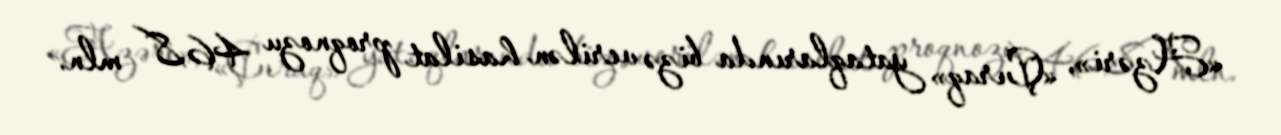
«Azəri», «Çıraq» yataqlarında bizə verilən hasilat proqnozu 46,8 mln.